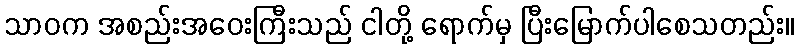
သာဝက အစည်းအဝေးကြီးသည် ငါတို့ ရောက်မှ ပြီးမြောက်ပါစေသတည်း။